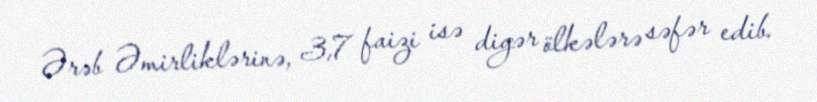
Ərəb Əmirliklərinə, 3,7 faizi isə digər ölkələrə səfər edib.